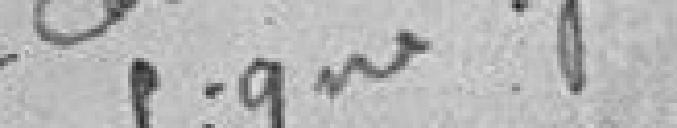
Signé : Grenier